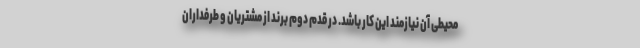
محیطی آن نیازمند این کار باشد. در قدم دوم برند از مشتریان و طرفداران